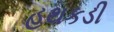
હથકડી